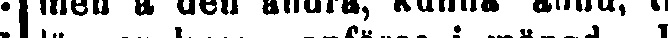
mén å den andra, kunna ännu, till-